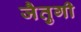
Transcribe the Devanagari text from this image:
जैतुगी